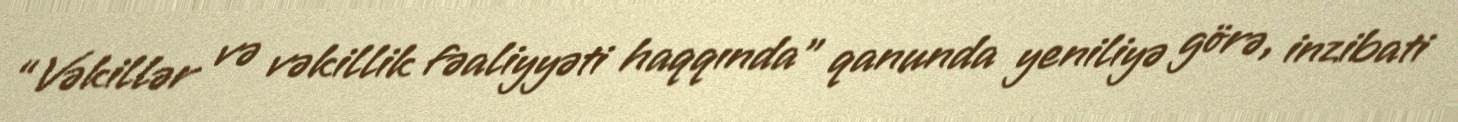
“Vəkillər və vəkillik fəaliyyəti haqqında” qanunda yeniliyə görə, inzibati